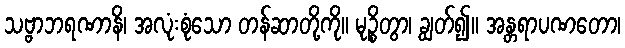
သဗ္ဗာဘရဏာနိ၊ အလုံးစုံသော တန်ဆာတို့ကို။ မုဉ္စိတွာ၊ ချွတ်၍။ အန္တရာပဏတော၊